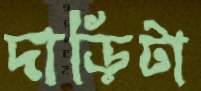
দাড়িটা